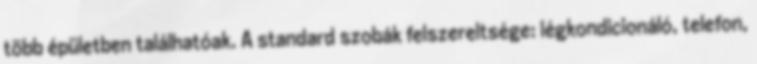
több épületben találhatóak. A standard szobák felszereltsége: légkondicionáló, telefon,